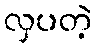
လှပတဲ့